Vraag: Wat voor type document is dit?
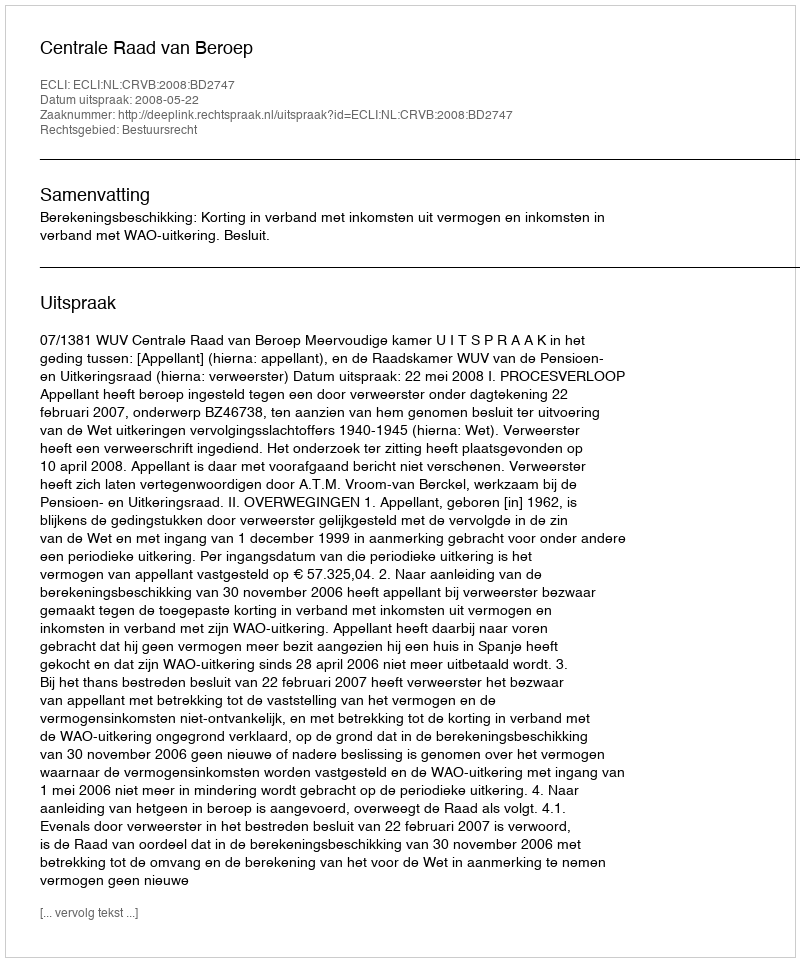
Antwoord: Uitspraak